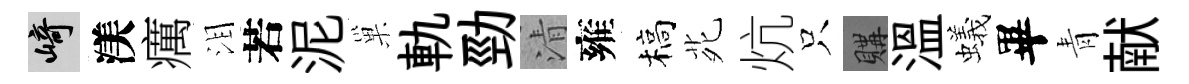
崎渼癘泪若泥巢軌勁清雍槁𫟍炕只購溫蟻畢青献